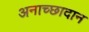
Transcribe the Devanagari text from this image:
अनाच्छादान